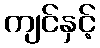
ကျင်နှင့်